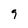
Character: 9